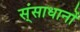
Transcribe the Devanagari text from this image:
स्ंसाधानों